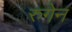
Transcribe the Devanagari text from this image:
रुगेन